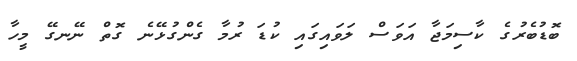
ބޮޑުބެރުގެ ކާސިމަޖާ އަވަސް ލަވައިގައި ކުޑަ ރުމާ ގެންގުޅޭނެ ގޮތް ނޭނގޭ މީހާ